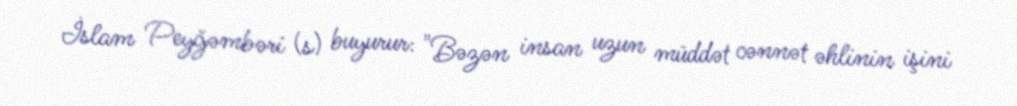
İslam Peyğəmbəri (s) buyurur: "Bəzən insan uzun müddət cənnət əhlinin işini